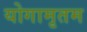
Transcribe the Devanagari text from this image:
योगामृतम